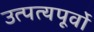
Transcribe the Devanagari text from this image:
उत्पत्यपूर्वो